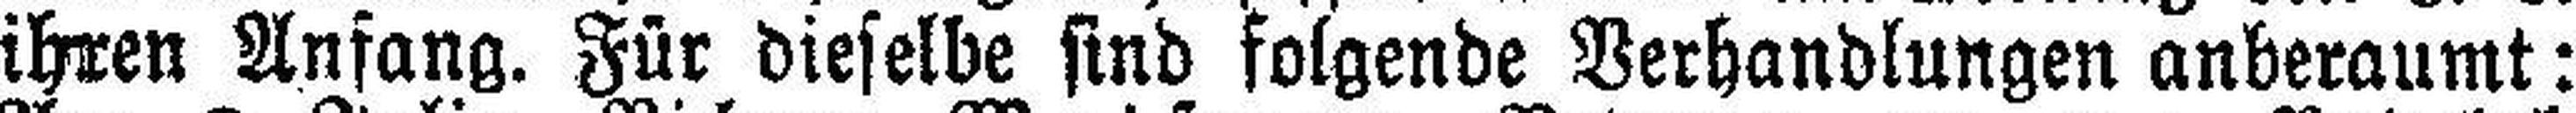
ihren Anfang. Für dieselbe sind folgende Verhandlungen anberaumt: